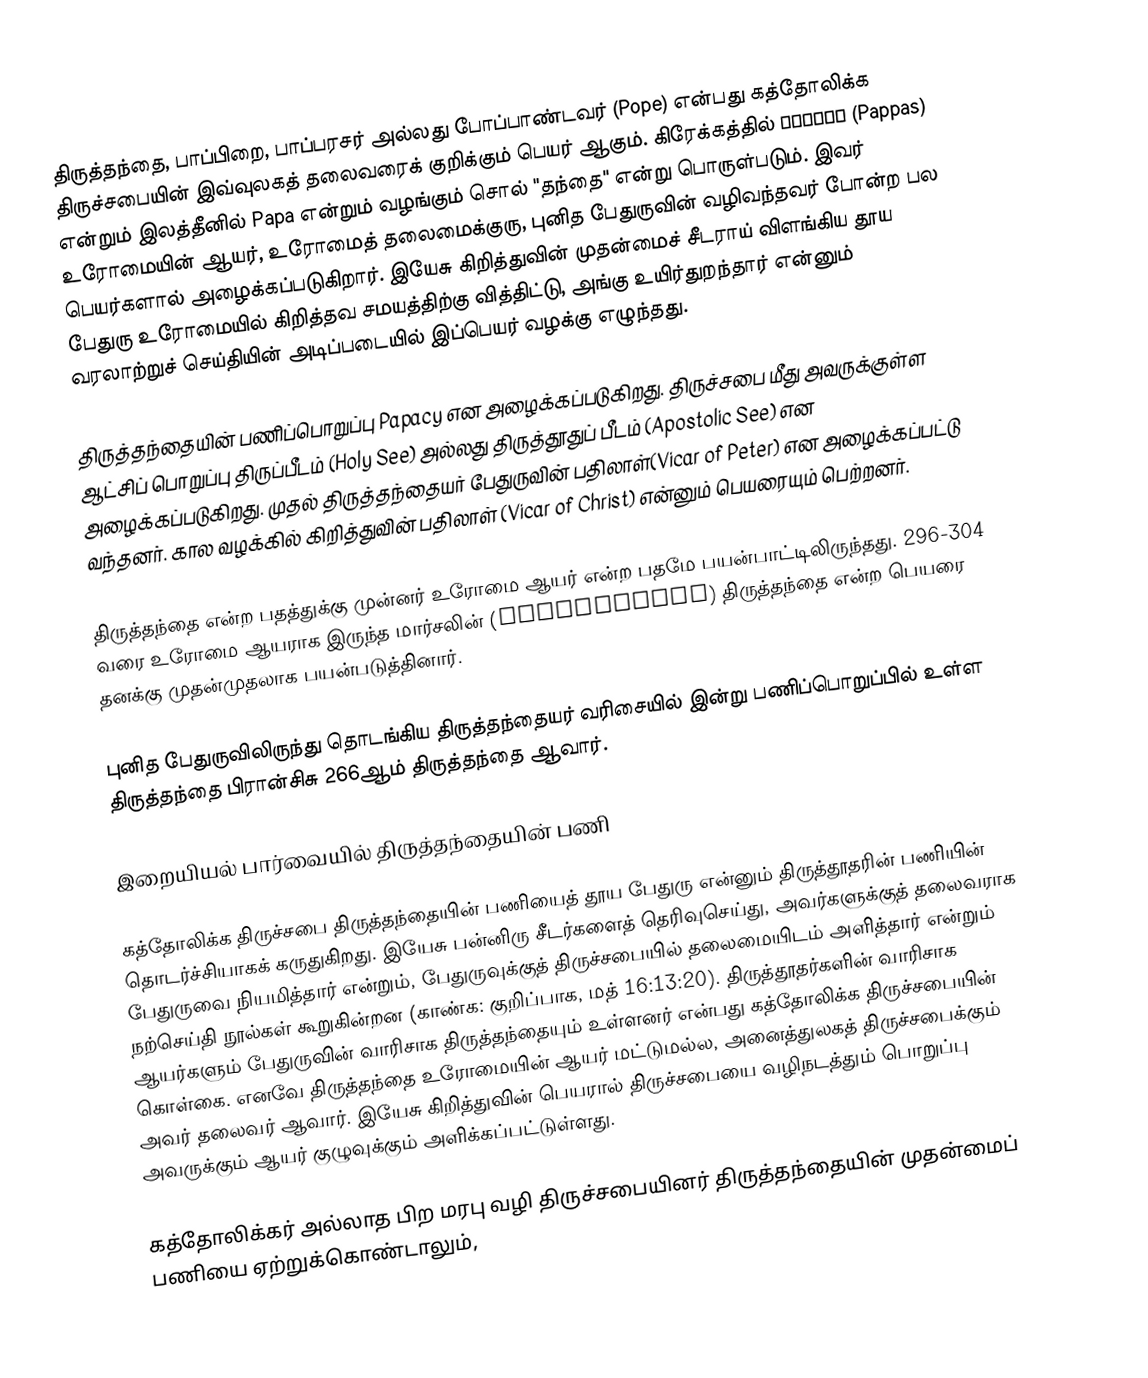
திருத்தந்தை, பாப்பிறை, பாப்பரசர் அல்லது போப்பாண்டவர் (Pope) என்பது கத்தோலிக்க திருச்சபையின் இவ்வுலகத் தலைவரைக் குறிக்கும் பெயர் ஆகும். கிரேக்கத்தில் πάππας (Pappas) என்றும் இலத்தீனில் Papa என்றும் வழங்கும் சொல் "தந்தை" என்று பொருள்படும். இவர் உரோமையின் ஆயர், உரோமைத் தலைமைக்குரு, புனித பேதுருவின் வழிவந்தவர் போன்ற பல பெயர்களால் அழைக்கப்படுகிறார். இயேசு கிறித்துவின் முதன்மைச் சீடராய் விளங்கிய தூய பேதுரு உரோமையில் கிறித்தவ சமயத்திற்கு வித்திட்டு, அங்கு உயிர்துறந்தார் என்னும் வரலாற்றுச் செய்தியின் அடிப்படையில் இப்பெயர் வழக்கு எழுந்தது.

திருத்தந்தையின் பணிப்பொறுப்பு Papacy என அழைக்கப்படுகிறது. திருச்சபை மீது அவருக்குள்ள ஆட்சிப் பொறுப்பு திருப்பீடம் (Holy See) அல்லது திருத்தூதுப் பீடம் (Apostolic See) என அழைக்கப்படுகிறது. முதல் திருத்தந்தையர் பேதுருவின் பதிலாள்(Vicar of Peter) என அழைக்கப்பட்டு வந்தனர். கால வழக்கில் கிறித்துவின் பதிலாள் (Vicar of Christ) என்னும் பெயரையும் பெற்றனர்.

திருத்தந்தை என்ற பதத்துக்கு முன்னர் உரோமை ஆயர் என்ற பதமே பயன்பாட்டிலிருந்தது. 296-304 வரை உரோமை ஆயராக இருந்த மார்சலின் (Marcellinus) திருத்தந்தை என்ற பெயரை தனக்கு முதன்முதலாக பயன்படுத்தினார்.

புனித பேதுருவிலிருந்து தொடங்கிய திருத்தந்தையர் வரிசையில் இன்று பணிப்பொறுப்பில் உள்ள திருத்தந்தை பிரான்சிசு 266ஆம் திருத்தந்தை ஆவார்.

இறையியல் பார்வையில் திருத்தந்தையின் பணி

கத்தோலிக்க திருச்சபை திருத்தந்தையின் பணியைத் தூய பேதுரு என்னும் திருத்தூதரின் பணியின் தொடர்ச்சியாகக் கருதுகிறது. இயேசு பன்னிரு சீடர்களைத் தெரிவுசெய்து, அவர்களுக்குத் தலைவராக பேதுருவை நியமித்தார் என்றும், பேதுருவுக்குத் திருச்சபையில் தலைமையிடம் அளித்தார் என்றும் நற்செய்தி நூல்கள் கூறுகின்றன (காண்க: குறிப்பாக, மத் 16:13:20). திருத்தூதர்களின் வாரிசாக ஆயர்களும் பேதுருவின் வாரிசாக திருத்தந்தையும் உள்ளனர் என்பது கத்தோலிக்க திருச்சபையின் கொள்கை. எனவே திருத்தந்தை உரோமையின் ஆயர் மட்டுமல்ல, அனைத்துலகத் திருச்சபைக்கும் அவர் தலைவர் ஆவார். இயேசு கிறித்துவின் பெயரால் திருச்சபையை வழிநடத்தும் பொறுப்பு அவருக்கும் ஆயர் குழுவுக்கும் அளிக்கப்பட்டுள்ளது.

கத்தோலிக்கர் அல்லாத பிற மரபு வழி திருச்சபையினர் திருத்தந்தையின் முதன்மைப் பணியை ஏற்றுக்கொண்டாலும்,